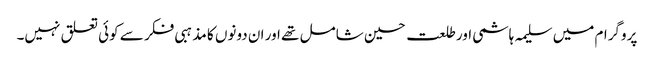
پروگرام میں سلیمہ ہاشمی اور طلعت حسین شامل تھے اور ان دونوں کا مذہبی فکر سے کوئی تعلق نہیں۔